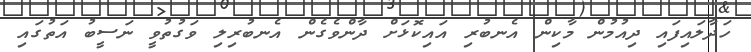
ހަދާލައިފައި ދިއުމުން މާކިން އެނބުރި އައިކޮޅަށް ދާންވެގެން އެނބުރިލި ވަގުތުވީ ނަސީބު އަތުގައި